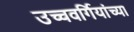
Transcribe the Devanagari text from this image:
उच्चवर्गियांच्या